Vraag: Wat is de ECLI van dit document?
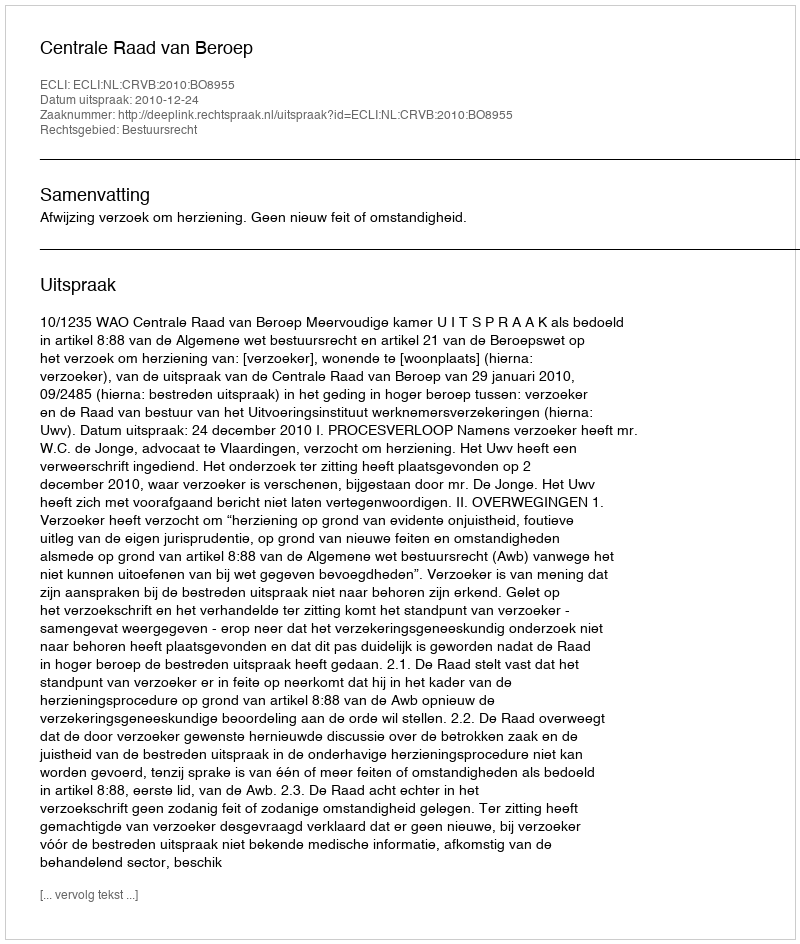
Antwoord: ECLI:NL:CRVB:2010:BO8955